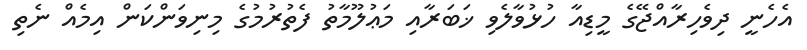
އެހެނީ ދިވެހިރާއްޖޭގެ މީޑިއާ ހުޅުވާލެވި ޚަބަރާއި މަޢުލޫމާތު ފެތުރުމުގެ މިނިވަންކަން އިމެއް ނެތި